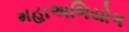
મહાઅભિયોગ